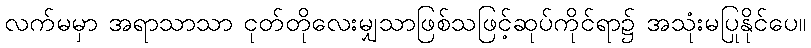
လက်မမှာ အရာသာသာ ငုတ်တိုလေးမျှသာဖြစ်သဖြင့်ဆုပ်ကိုင်ရာ၌ အသုံးမပြုနိုင်ပေ။